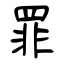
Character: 罪